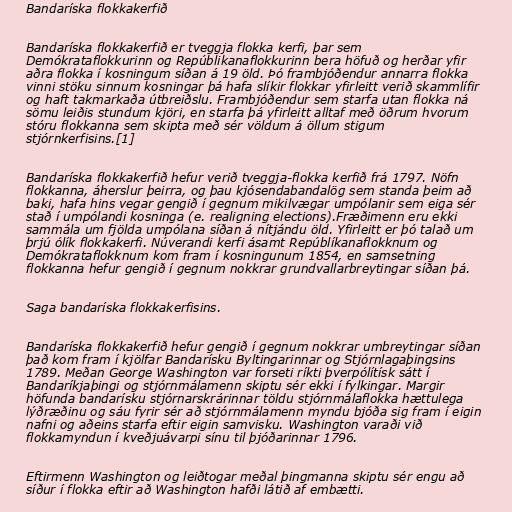
Bandaríska flokkakerfið

Bandaríska flokkakerfið er tveggja flokka kerfi, þar sem
Demókrataflokkurinn og Repúblikanaflokkurinn bera höfuð og herðar yfir
aðra flokka í kosningum síðan á 19 öld. Þó frambjóðendur annarra flokka
vinni stöku sinnum kosningar þá hafa slíkir flokkar yfirleitt verið skammlífir
og haft takmarkaða útbreiðslu. Frambjóðendur sem starfa utan flokka ná
sömu leiðis stundum kjöri, en starfa þá yfirleitt alltaf með öðrum hvorum
stóru flokkanna sem skipta með sér völdum á öllum stigum
stjórnkerfisins.[1]

Bandaríska flokkakerfið hefur verið tveggja-flokka kerfið frá 1797. Nöfn
flokkanna, áherslur þeirra, og þau kjósendabandalög sem standa þeim að
baki, hafa hins vegar gengið í gegnum mikilvægar umpólanir sem eiga sér
stað í umpólandi kosninga (e. realigning elections).Fræðimenn eru ekki
sammála um fjölda umpólana síðan á nítjándu öld. Yfirleitt er þó talað um
þrjú ólík flokkakerfi. Núverandi kerfi ásamt Repúblíkanaflokknum og
Demókrataflokknum kom fram í kosningunum 1854, en samsetning
flokkanna hefur gengið í gegnum nokkrar grundvallarbreytingar síðan þá.

Saga bandaríska flokkakerfisins.

Bandaríska flokkakerfið hefur gengið í gegnum nokkrar umbreytingar síðan
það kom fram í kjölfar Bandarísku Byltingarinnar og Stjórnlagaþingsins
1789. Meðan George Washington var forseti ríkti þverpólítísk sátt í
Bandaríkjaþingi og stjórnmálamenn skiptu sér ekki í fylkingar. Margir
höfunda bandarísku stjórnarskrárinnar töldu stjórnmálaflokka hættulega
lýðræðinu og sáu fyrir sér að stjórnmálamenn myndu bjóða sig fram í eigin
nafni og aðeins starfa eftir eigin samvisku. Washington varaði við
flokkamyndun í kveðjuávarpi sínu til þjóðarinnar 1796.

Eftirmenn Washington og leiðtogar meðal þingmanna skiptu sér engu að
síður í flokka eftir að Washington hafði látið af embætti.